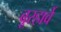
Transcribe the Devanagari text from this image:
बूरहार्वे